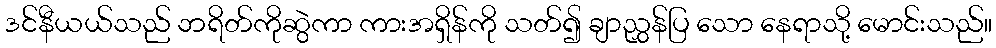
ဒင်နီယယ်သည် ဘရိတ်ကိုဆွဲကာ ကားအရှိန်ကို သတ်၍ ချာညွှန်ပြ သော နေရာသို့ မောင်းသည်။